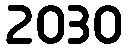
2030